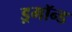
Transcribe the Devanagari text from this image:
ड्रमॉन्ड